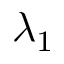
\lambda _ { 1 }